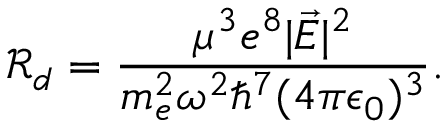
\mathcal { R } _ { d } = \frac { \mu ^ { 3 } e ^ { 8 } | \vec { E } | ^ { 2 } } { m _ { e } ^ { 2 } \omega ^ { 2 } \hbar ^ { 7 } ( 4 \pi \epsilon _ { 0 } ) ^ { 3 } } .